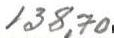
138,70